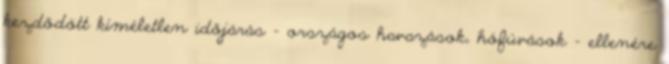
kezdődött kíméletlen időjárás - országos havazások, hófúvások - ellenére